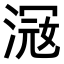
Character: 𣸦